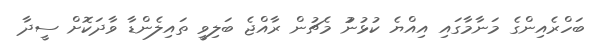
ބަހްރެއިންގެ މަނާމާގައި އިއްޔެ ކުޅުނުު މެޗުން ރާއްޖެ ބަލިވީ ތައިލެންޑާ ވާދަކޮށް ސީދާ